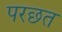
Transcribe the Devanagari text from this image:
परछत